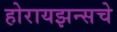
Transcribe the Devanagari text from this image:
होरायझन्सचे